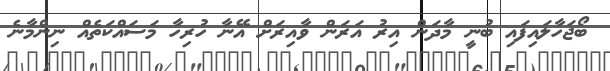
ބޯޖަހާލައިފައި ބުނީ މާދަން އިރު އަރަން ވާއިރަށް އޭނާ ހުރިހާ މަސައްކަތެއް ނިންމާނެ